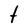
Character: t